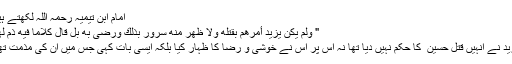
امام ابن تیمیہ رحمہ اللہ لکھتے ہیں :
" وَلَمْ يَكُنْ يَزِيدُ أَمَرَهُمْ بِقَتْلِهِ وَلَا ظَهَرَ مِنْهُ سُرُورٌ بِذَلِكَ وَرِضًى بِهِ بَلْ قَالَ كَلَامًا فِيهِ ذَمٌّ لَهُمْ "
" یزید نے انہیں قتل حسین ؓ کا حکم نہیں دیا تھا نہ اس پر اس نے خوشی و رضا کا ظہار کیا بلکہ ایسی بات کہی جس میں ان کی مذمت تھی ۔